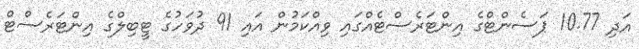
އަދި 10.77 ޕަސެންޓްގެ އިންޓަރެސްޓެއްގައި ވިއްކަމުން އައި 91 ދުވަހުގެ ޓީބިލްގެ އިންޓަރެސްޓް